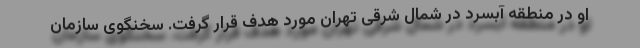
او در منطقه آبسرد در شمال شرقی تهران مورد هدف قرار گرفت. سخنگوی سازمان